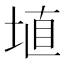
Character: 埴